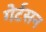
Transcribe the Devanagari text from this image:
गेर्टसन